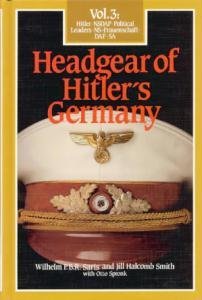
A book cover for Headgear of Hitler's Germany, Vol. 3; Saris; Crafts, Hobbies & Home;